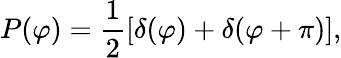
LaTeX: P(\varphi)=\frac{1}{2}\left[\delta(\varphi)+\delta(\varphi+\pi)\right],